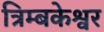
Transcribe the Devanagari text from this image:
त्रिम्बकेश्वर